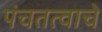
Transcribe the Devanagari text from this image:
पंचतत्वाचे